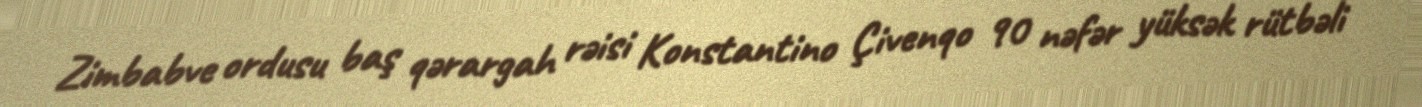
Zimbabve ordusu baş qərargah rəisi Konstantino Çivenqo 90 nəfər yüksək rütbəli